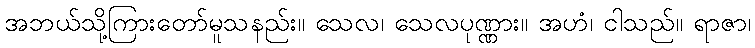
အဘယ်သို့ကြားတော်မူသနည်း။ သေလ၊ သေလပုဏ္ဏား။ အဟံ၊ ငါသည်။ ရာဇာ၊